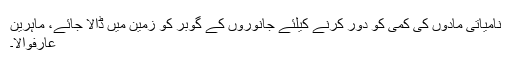
نامیاتی مادوں کی کمی کو دور کرنے کیلئے جانوروں کے گوبر کو زمین میں ڈالا جائے، ماہرین
عارفوالا۔